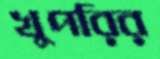
খুপরির